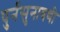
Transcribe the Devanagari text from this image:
पुर्नसुनावणी